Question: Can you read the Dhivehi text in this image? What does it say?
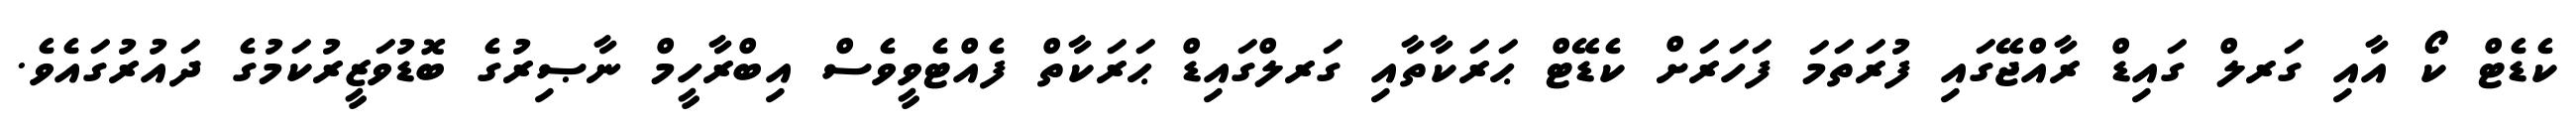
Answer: ކެޑެޓް ކޯ އާއި ގަރލް ގައިޑް ރާއްޖޭގައި ފުރަތަމަ ފަހަރަށް ކެޑޭޓް ޙަރަކާތާއި ގަރލްގައިޑް ޙަރަކާތް ފެއްޓެވީވެސް އިބްރާހީމް ނާޞިރުގެ ބޮޑުވަޒީރުކަމުގެ ދައުރުގައެވެ.